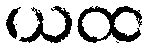
ယထ